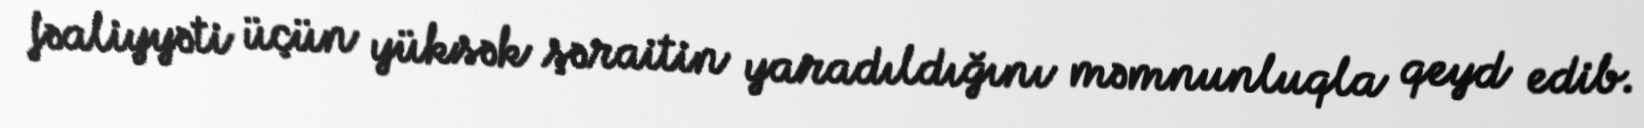
fəaliyyəti üçün yüksək şəraitin yaradıldığını məmnunluqla qeyd edib.